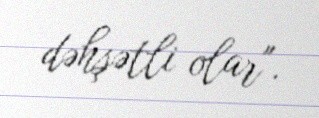
dəhşətli olar".